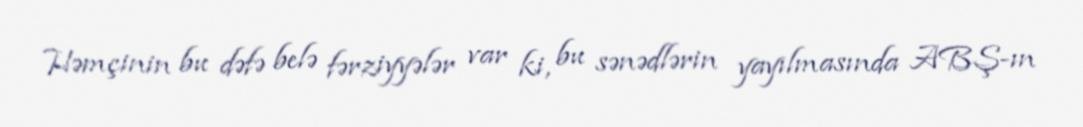
Həmçinin bu dəfə belə fərziyyələr var ki, bu sənədlərin yayılmasında ABŞ-ın